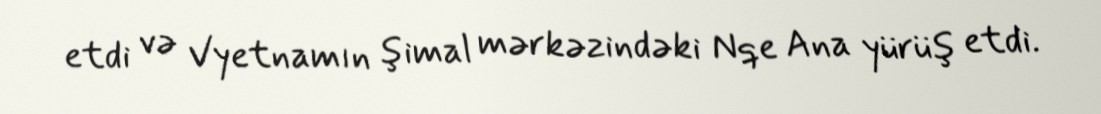
etdi və Vyetnamın şimal mərkəzindəki Nqe Ana yürüş etdi.